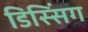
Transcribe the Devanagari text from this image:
डिस्सिंग